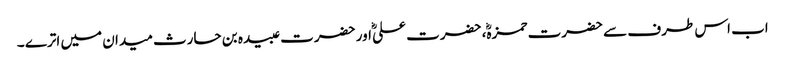
اب اس طرف سے حضرت حمزہؓ، حضرت علیؓ اور حضرت عبیدہ بن حارث میدان میں اترے ۔